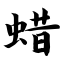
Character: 蜡